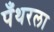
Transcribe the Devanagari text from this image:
पँथरला